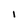
Character: I